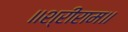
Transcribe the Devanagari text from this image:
॥श्रीराम॥